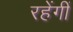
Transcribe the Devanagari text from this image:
रहेंगीं